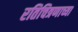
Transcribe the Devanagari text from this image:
रतिचित्रणाच्या